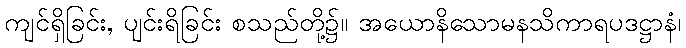
ကျင်ရှိခြင်း, ပျင်းရိခြင်း စသည်တို့၌။ အယောနိသောမနသိကာရပဒဋ္ဌာနံ၊